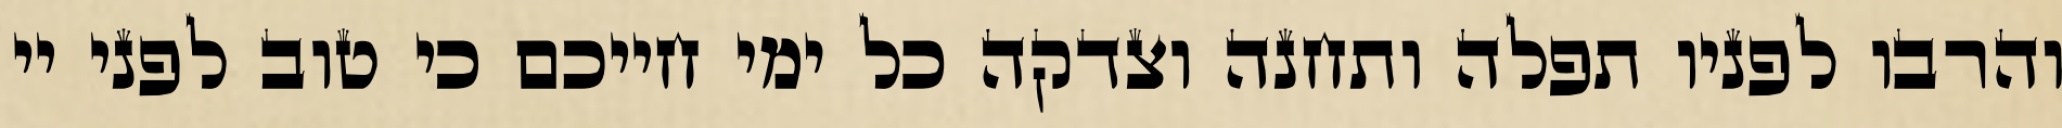
והרבו לפניו תפלה ותחנה וצדקה כל ימי חייכם כי טוב לפני יי